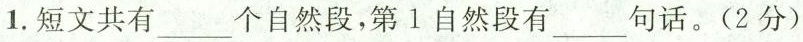
1.短文共有___个自然段，第1自然段有___句话。(2分)